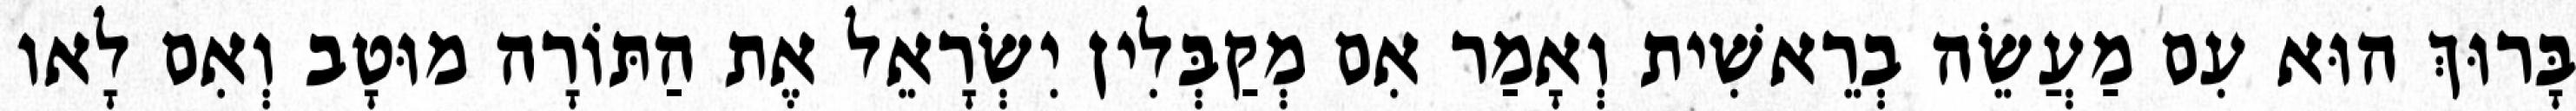
בָּרוּךְ הוּא עִם מַעֲשֵׂה בְרֵאשִׁית וְאָמַר אִם מְקַבְּלִין יִשְׂרָאֵל אֶת הַתּוֹרָה מוּטָב וְאִם לָאו